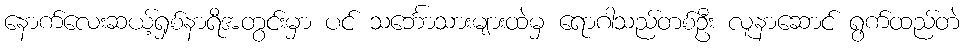
နောက်လေးဆယ့်ရှစ်နာရီအတွင်းမှာ ပင် သင်္ဘောသားများထဲမှ ရောဂါသည်တစ်ဦး လူနာဆောင် ရွက်ထည်တဲ